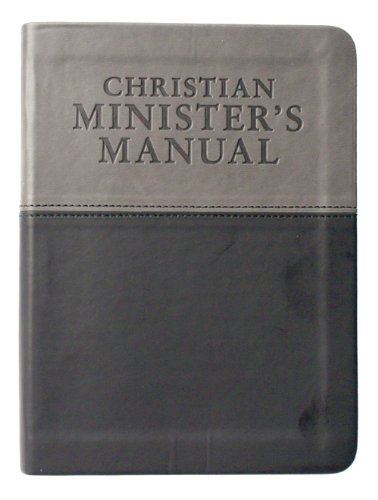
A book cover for Christian Minister's Manual-Updated and Expanded DuoTone Edition; Guthrie Veech; Christian Books & Bibles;